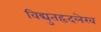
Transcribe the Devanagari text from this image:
विद्युतहृदलेख